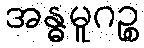
အန္ဓမူဂဉ္စ